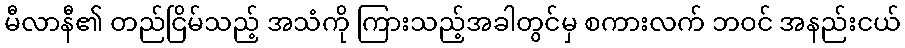
မီလာနီ၏ တည်ငြိမ်သည့် အသံကို ကြားသည့်အခါတွင်မှ စကားလက် ဘဝင် အနည်းငယ်